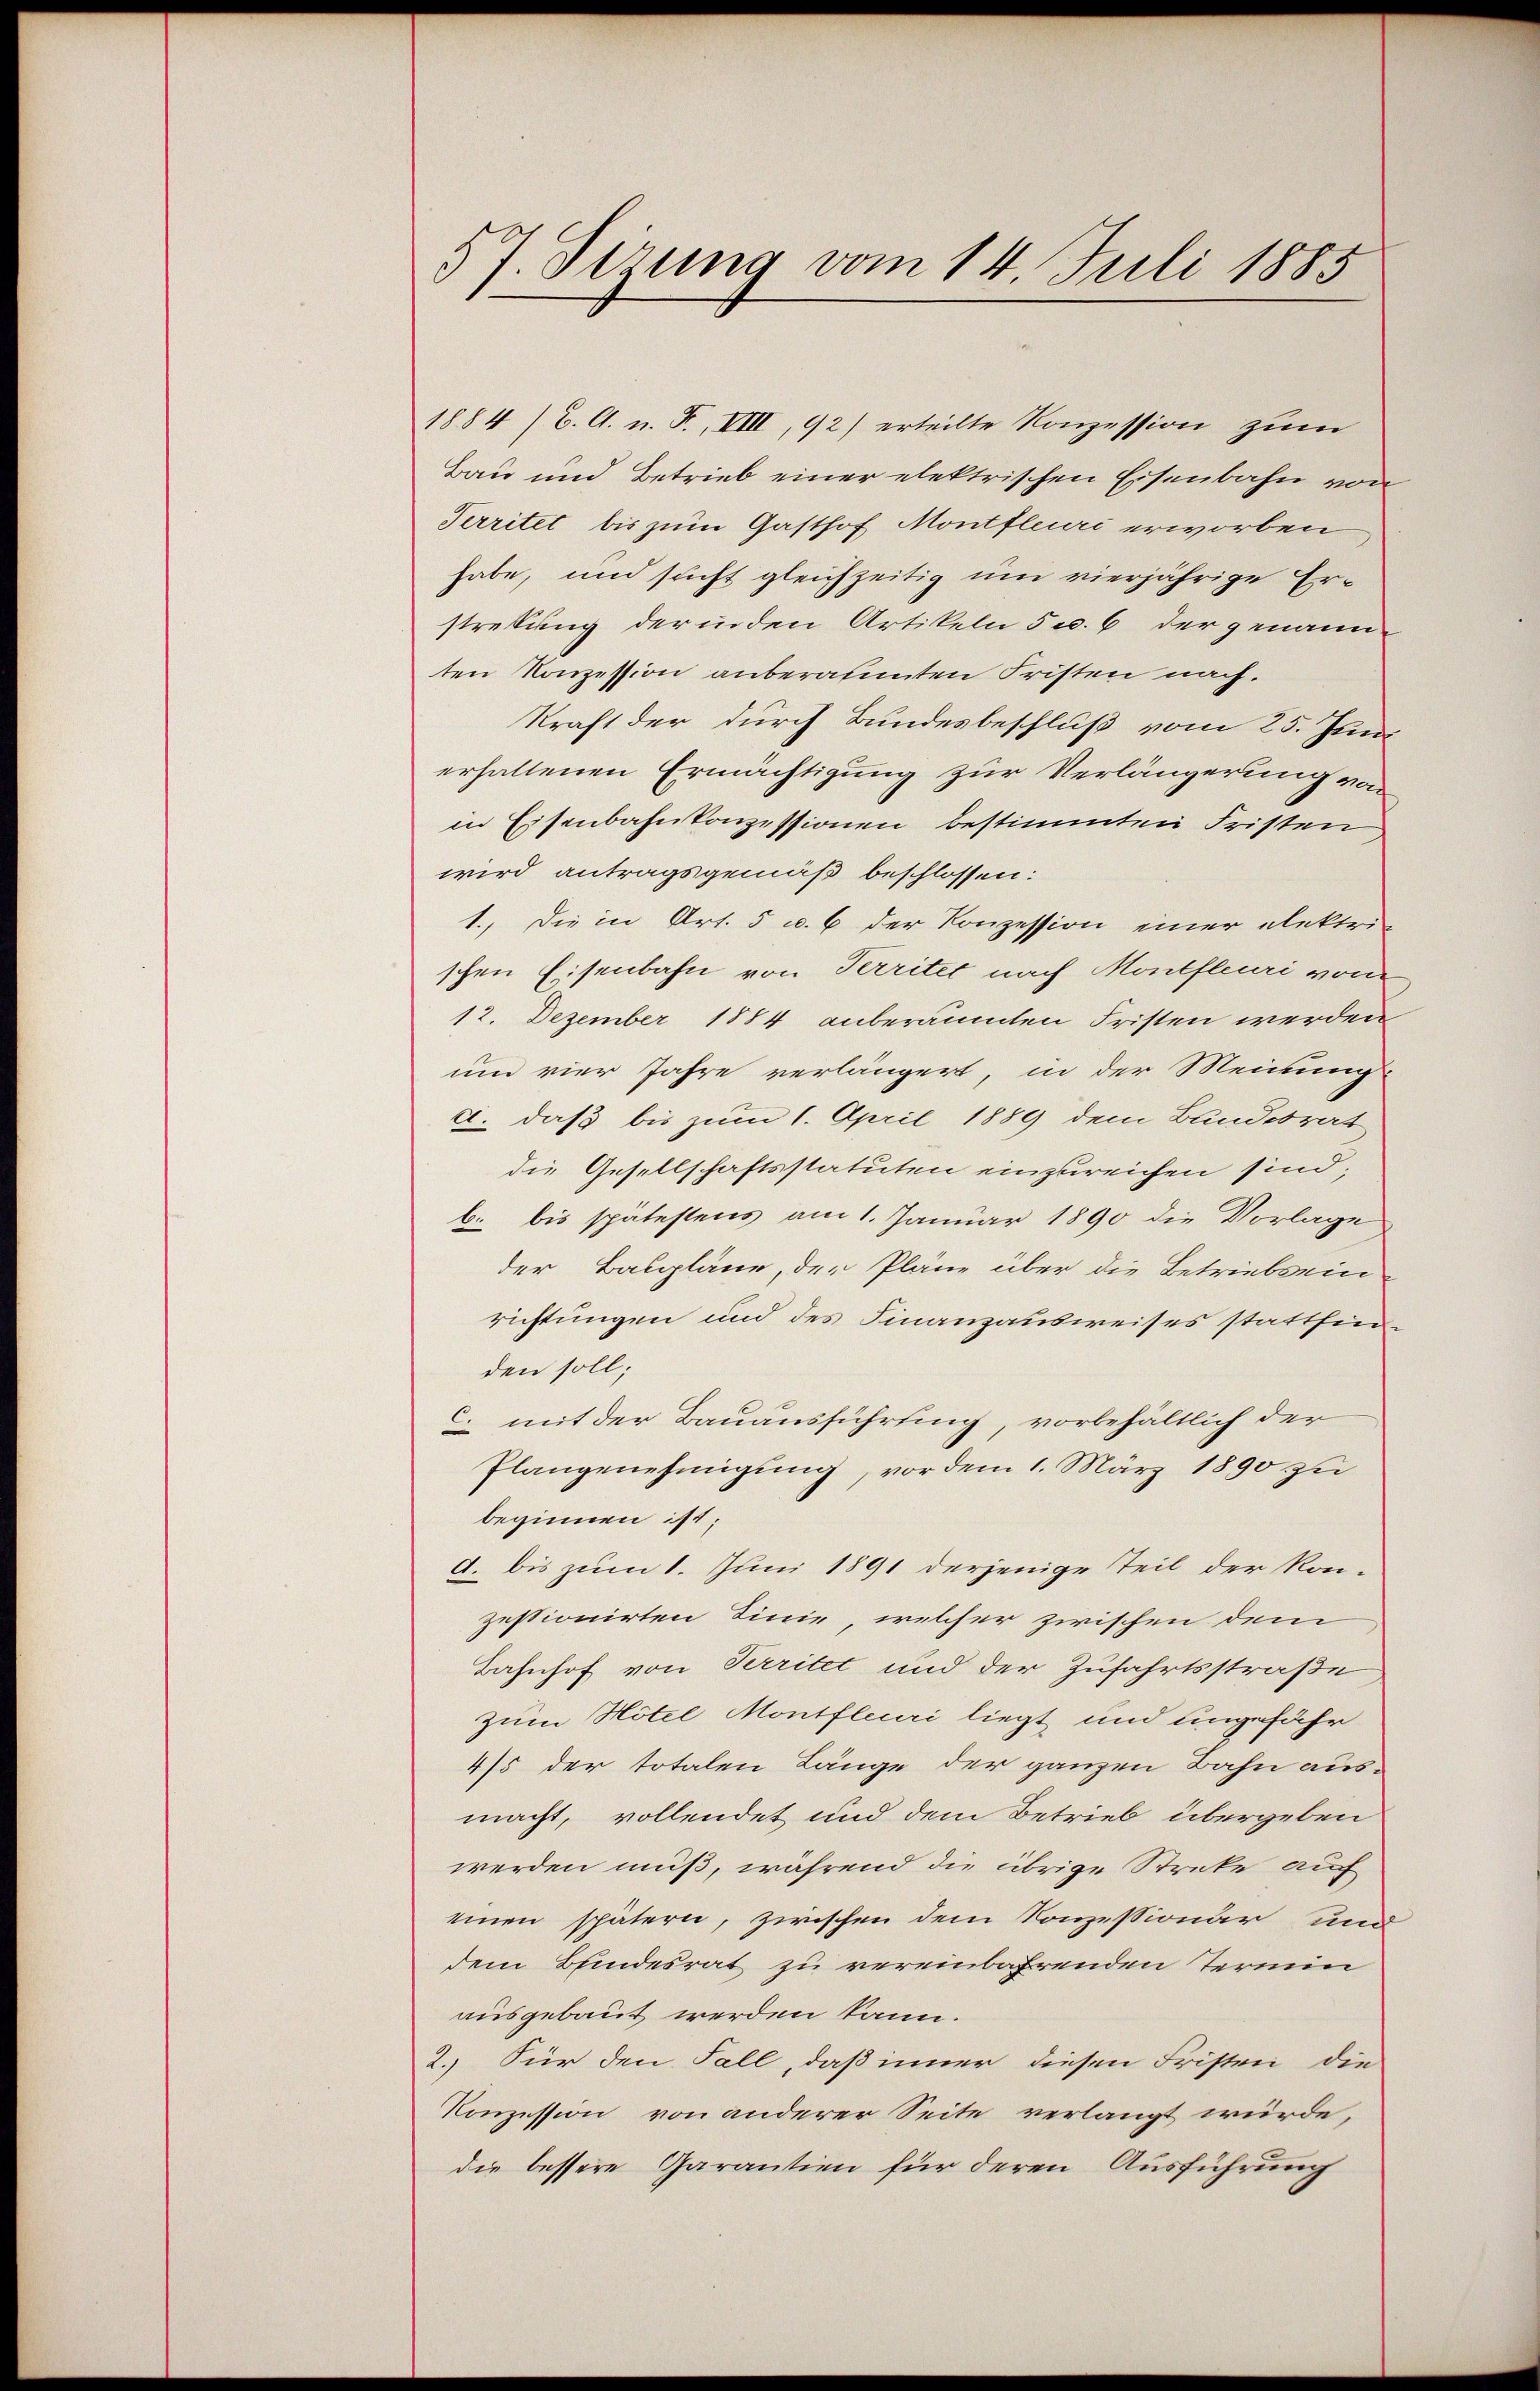
57. Sizung vom 14. Juli 1885

1884 /B. C. n. F. VIII, 92) erteilte Konzession zum
Bau und Betrieb einer elektrischen Eisenbahn von
Territet bis zum Gasthof Montfleuri erworben
habe, und sucht gleichzeitig um vierjährige Erstrekung der inden Artikeln 5 u. 6 der genann
ten Konzession anberamten Fristen nach.
kraft der durch Bundesbeschluß vom 25. Juni
erhaltenen Ermächtigung zur Verlängerung von
in Eisenbahnkonzessionen bestimmten Fristen
wird antragsgemäß beschlossen:
1., die in Art. 5 u. 6 der Konzession einer elektri-
schen Eisenbahn von Territet nach Montfleuri von
12. Dezember 1884 anberäumten Fristen werden
um vier Jahre verlängert, in der Meinung
a. daß bis zum 1. April 1889 dem Bundesrat
die Gesellschaftsstatuten einzureichen sind;
b. bis spätestens am 1. Januar 1890 die Vorlage
der Baupläne, der Pläne über die Betriebsein
richtungen und des Finanzausweises stattfinden soll;
c. mit der Bauausführung, vorbehältlich der
Plangenehmigŭng, vor dem 1. März 1890 zu
beginnen ist;
d. bis zum 1. Juni 1891 derjenige Teil der Kon-
zestionirten Linie, welcher zwischen dem
Bahnhof von Perritet und der Zufahrtsstraße
zum Hotel Montfleuri liegt und ungefahr
4/5 der totalen Länge der ganzen Bahn ausmacht, vollendet und dem Betrieb übergeben
werden muß, während die übrige Streke auf
einen spätern, zwischen dem Konzessionär und
dem Bundesrat zu vereinbahrenden Termin
ausgebaut werden kann.
2. Für den Fall, daß inner diesen Fristen die
Konzession von anderer Seite verlangt würde,
die bessere Garantien für deren Ausführung